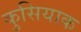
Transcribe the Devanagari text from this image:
कुसियाक